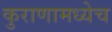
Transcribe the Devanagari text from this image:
कुराणामध्येच